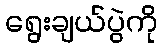
ရွေးချယ်ပွဲကို